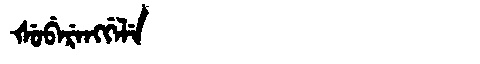
Manchu: ᡧᡠᠪᡝᡵᡝᠩᡤᡝᠯᡝ
Romanization: ŠUBERENGGELE